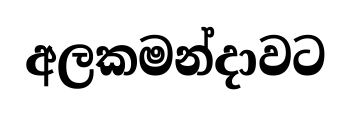
අලකමන්දාවට